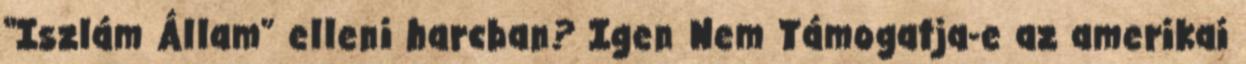
“Iszlám Állam” elleni harcban? Igen Nem Támogatja-e az amerikai